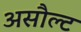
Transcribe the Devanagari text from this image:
असौल्ट